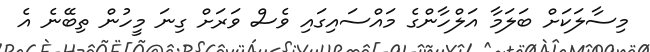
މިސާލަކަށް ބަލަމާ އަލްހާންގެ މައްސައިގައި ވެސް ވަރަށް ގިނަ މީހުން ތިބޭނެ އެ